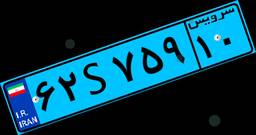
۶۲S۷۵۹۱۰